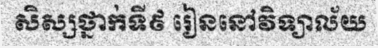
សិស្សថ្នាក់ទី៩ រៀននៅវិទ្យាល័យ